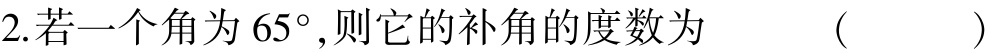
2.若一个角为\(65^{\circ}\),则它的补角的度数为  （  ）